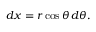
d x = r \cos \theta \, d \theta .